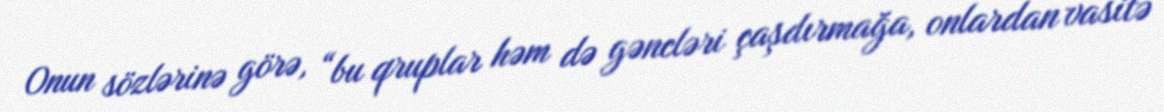
Onun sözlərinə görə, “bu qruplar həm də gəncləri çaşdırmağa, onlardan vasitə